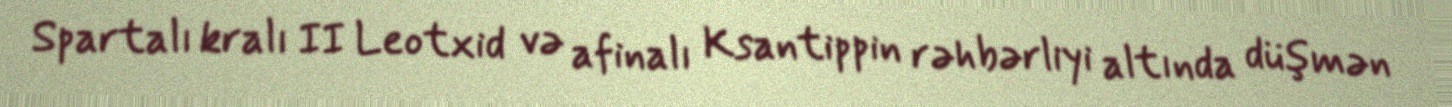
Spartalı kralı II Leotxid və afinalı Ksantippin rəhbərliyi altında düşmən